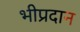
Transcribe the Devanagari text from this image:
भीप्रदान